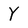
Character: Y